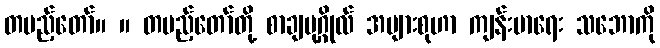
တပည့်တော်။ ။ တပည့်တော်တို့ စာချပုဂ္ဂိုလ် အများစုဟာ ကျန်းမာရေး သဘောကို